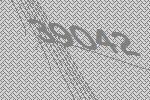
39042